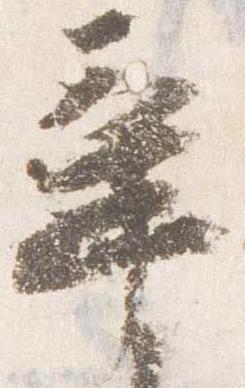
辛